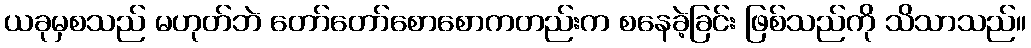
ယခုမှစသည် မဟုတ်ဘဲ တော်တော်စောစောကတည်းက စနေခဲ့ခြင်း ဖြစ်သည်ကို သိသာသည်။